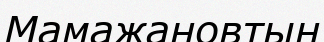
Мамажановтың